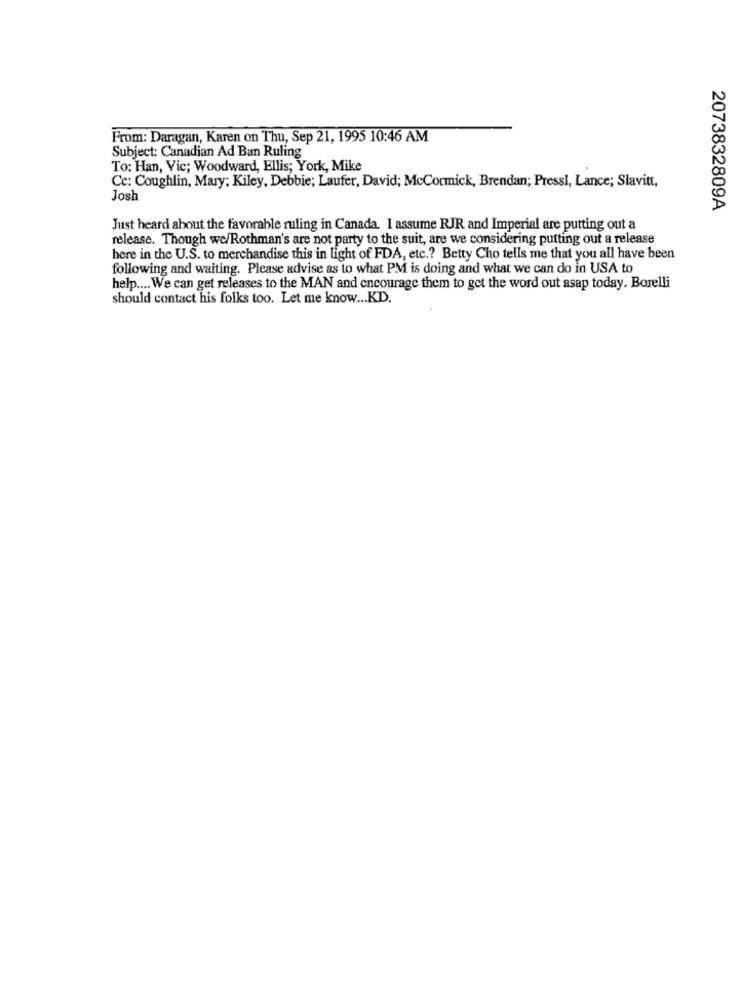
From: Daragan, Karen on Thu, Sep 21, 1995 10:46 AM
Subject: Canadian Ad Ban Ruling
To: Han, Vic; Woodward, Ellis; York, Mike
Cc: Coughlin, Mary; Kiley, Debbie; Laufer, David; McCormick, Brendan; Pressl, Lance; Slavitt,
Josh
2073832809A
Just heard about the favorable ruling in Canada. I assume RJR and Imperial are putting out a
release. Though we/Rothman's are not party to the suit, are we considering putting out a release
here in the U.S. to merchandise this in light of FDA, etc .? Betty Cho tells me that you all have been
following and waiting. Please advise as to what PM is doing and what we can do in USA to
help .... We can get releases to the MAN and encourage them to get the word out asap today. Borelli
should contact his folks too. Let me know ... KD.